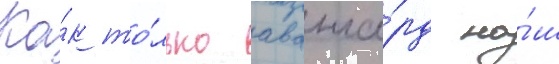
Ка́к то́лько аванга́рд на́ш